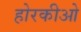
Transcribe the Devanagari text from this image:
होरकीओ